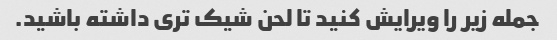
جمله زیر را ویرایش کنید تا لحن شیک تری داشته باشید.